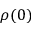
\rho ( 0 )